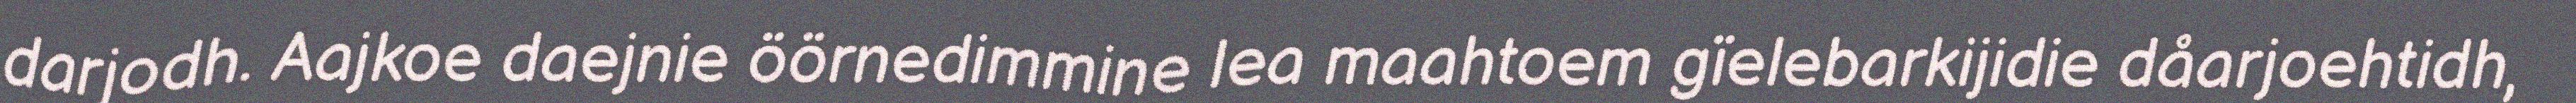
darjodh. Aajkoe daejnie öörnedimmine lea maahtoem gïelebarkijidie dåarjoehtidh,